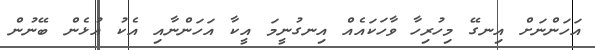
އަހަންނަށް އިނގޭ މިހުރިހާ ވާހަކައެއް އިނގުނީމަ އީކާ އަހަންނާއި އެކު އުޅެން ބޭނުން